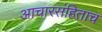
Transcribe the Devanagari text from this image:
आचारसंहिताच